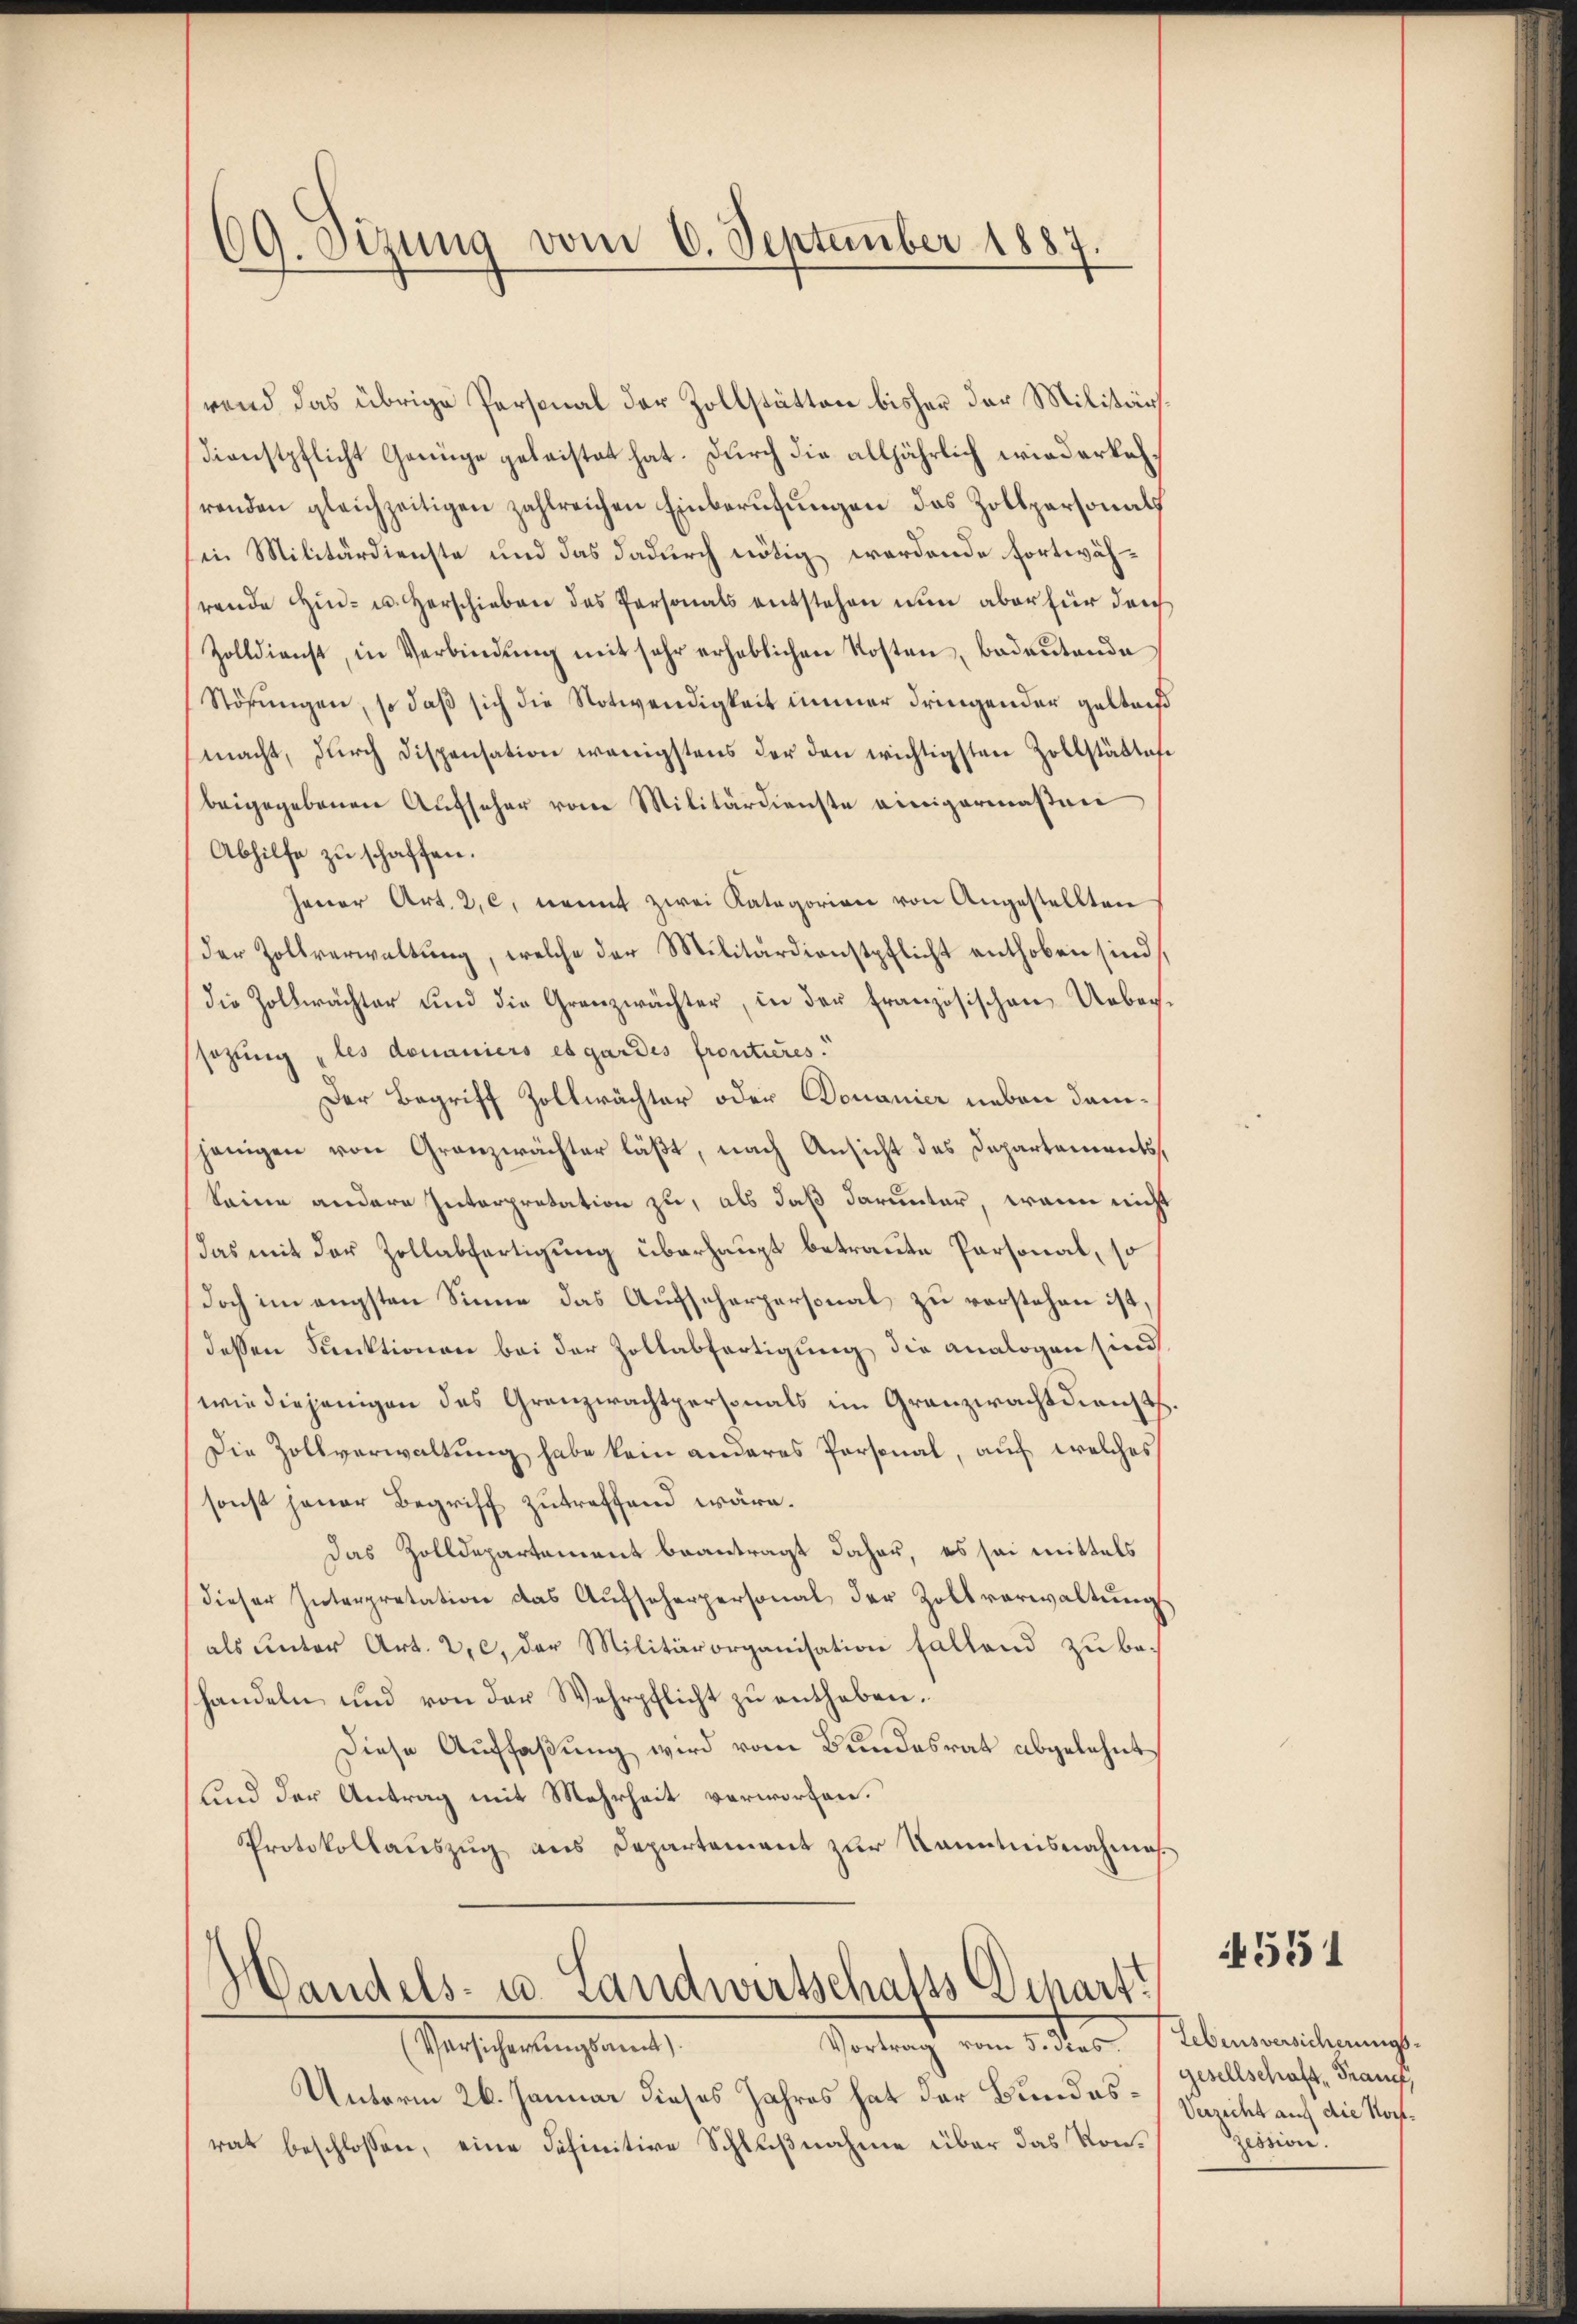
69. Sizung vom 6. September 188

rend das übrige Personal der Zollstätten bisher der Militärs
Dienstpflicht Genüge geleistet hat. Durch die alljährlich wiederkehrenden gleichzeitigen zahlreichen Einberufungen das Zollpersonals
sen Militärdienste und das dadurch nötig werdende fortwährende Hin- u. Herschieben des Personals entstehen nun aber für durch
Zolldienst, in Verbindŭng mit sehr erheblichen Kosten badeŭtende
Störungen, so daß sich die Notwendigkeit immer dringender gelten
macht, dŭrch dispensation wenigstens der den wichtigsten Zollstätten
beigegebenen Aufseher vom Militärdienste einigermaßen
Abhilfe zu schaffen.
jener Art. 2, 6, nennt zwei Kategorien von Angestellten
der Zollverwaltŭng, welche der Militärdienstpflicht enthoben sind
die Zollwächter und die Granzwächter, in der französischen Uebersetzung „les donaniers es gardes frontieres.
Der Begriff Zollwächter oder Donanier neben danjenigen von Granzwächter läßt, nach Ansicht des Departements
Seine andere Interpretation zu, als daß darunter, wenn nicht
das mit der Zollabfertigung überhaupt betraute Personal, so
Doch im engsten Sinne das Aufscherpersonal zu verstehen ist,
dessen Funktionen bei der Zollabfertigung die analogen sind
wie diejenigen des Grenzwachtpersonals im Granzwachtdienst
Die Zollverwaltung habe kein anderes Personal, auf welches
sonst jener Begriff zutreffend wäre.
Das Zolldepartement beantragt daher, es sei mittels
dieser Interpretation das Aŭfseherpersonal der Zollverwaltŭngs
als unter Art. 2, c. der Militärorganisation fallend zu behandeln und von der Wehrpflicht zu entheben.
Diese Auffaßung wird vom Bundesrat abgelehnt
Lind der Antrag mit Mehrheit verworfen.
Protokollauszug aus Departement zur Kenntnisnahmes

Handels- u. Landwirtschafts Dcharst
Vortrag vom 5. dies. Lebensversicherungs-

Gescherungsante
Unterm 26. Januar dieses Jahres hat der Bundesrat beschlossen, eine definitive Schlußnahme über das Kon¬

551

gesellschaft, Franz,
Verzicht auf die Noch¬
Zession.